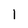
Character: 1